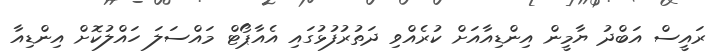
ރައީސް އަބްދު ޔާމީން އިންޑިއާއަށް ކުރެއްވި ދަތުރުފުޅުގައި އެއާޕޯޓް މައްސަލަ ހައްލުކޮށް އިންޑިއާ